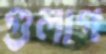
গুলাগ